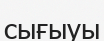
сығыуы